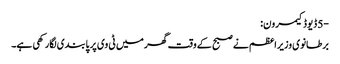
-5 ڈیوڈ کیمرون:
برطانوی وزیراعظم نے صبح کے وقت گھر میں ٹی وی پر پابندی لگارکھی ہے۔